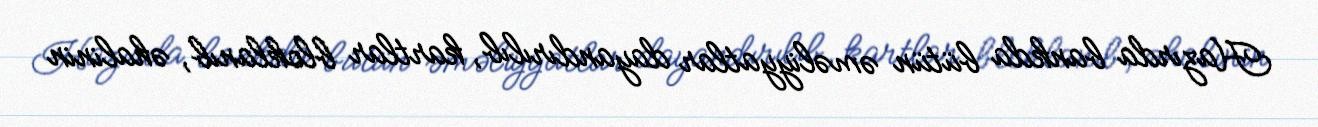
Hazırda bankda bütün əməliyyatlar dayandırılıb, kartlar bloklanıb, əhalinin